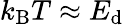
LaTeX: k_{\mathrm{B}}T\approx E_{\mathrm{d}}